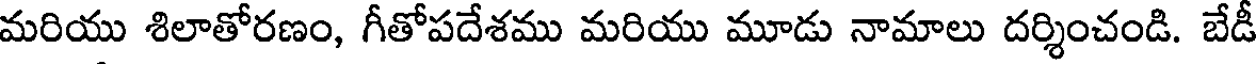
మరియు శిలాతోరణం, గీతోపదేశము మరియు మూడు నామాలు దర్శించండి. బేడీ